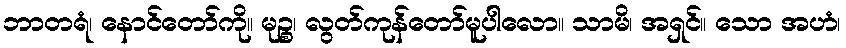
ဘာတရံ၊ နောင်တော်ကို။ မုဉ္စ၊ လွတ်ကုန်တော်မူပါလော။ သာမိ၊ အရှင်။ သော အဟံ၊